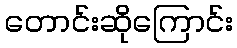
တောင်းဆိုကြောင်း